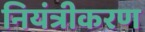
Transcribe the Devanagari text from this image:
नियंत्रीकरण